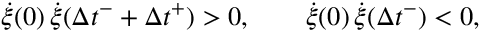
\dot { \xi } ( 0 ) \, \dot { \xi } ( \Delta { t } ^ { - } + \Delta { t } ^ { + } ) > 0 , \qquad \dot { \xi } ( 0 ) \, \dot { \xi } ( \Delta { t } ^ { - } ) < 0 ,